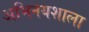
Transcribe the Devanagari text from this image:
अभिनयशाला